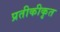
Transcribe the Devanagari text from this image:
प्रतीकीकृत